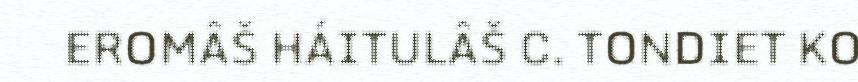
EROMÂŠ HÁITULÂŠ C. TONDIET KO